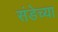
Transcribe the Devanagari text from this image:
संडेच्या